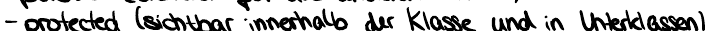
- protected (sichtbar innerhalb der Klasse und in Unterklassen)